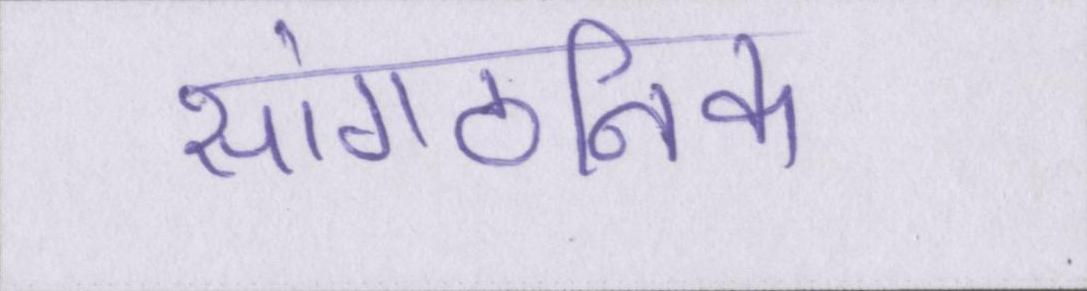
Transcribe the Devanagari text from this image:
सांगठनिक